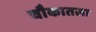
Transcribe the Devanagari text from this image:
चौकातला